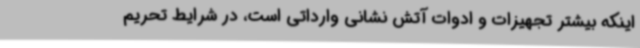
اینکه بیشتر تجهیزات و ادوات آتش نشانی وارداتی است، در شرایط تحریم